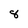
Character: 8